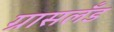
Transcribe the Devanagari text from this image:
ग्रासलँड